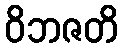
ဝိဘဇတိ